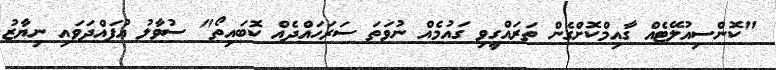
"ކޮންސިއުލޭޓެއް ގާއިމްކޮށްގެން ތަރައްގީވި ގައުމެއް ނުވަތަ ސަރަހައްދެއް ކޮބައިތޯ" ސުވާލު އުފައްދަވައި ނިޔާޒު